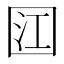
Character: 𭍟